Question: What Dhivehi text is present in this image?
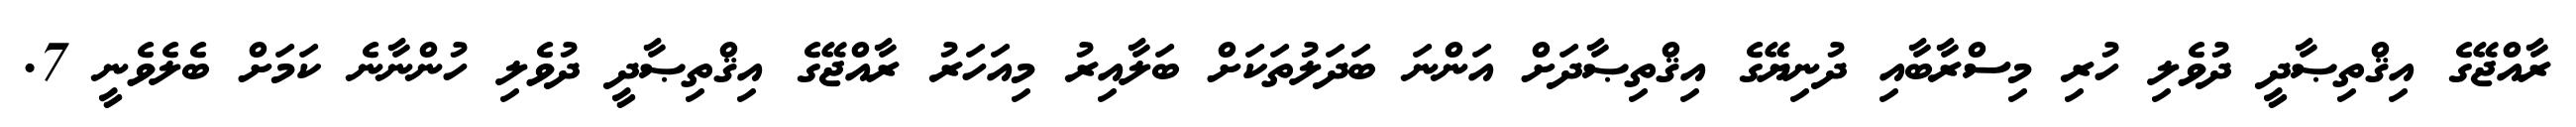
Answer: ރާއްޖޭގެ އިޤްތިޞާދީ ދުވެލި ހުރި މިސްރާބާއި ދުނިޔޭގެ އިޤްތިޞާދަށް އަންނަ ބަދަލުތަކަށް ބަލާއިރު މިއަހަރު ރާއްޖޭގެ އިޤްތިޞާދީ ދުވެލި ހުންނާނެ ކަމަށް ބެލެވެނީ 7.